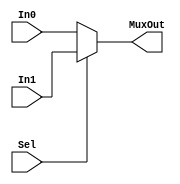
`timescale 1ns / 1ps
// Address Mux
module AdrMux(
    input Sel,
    input [31:0] In0,
    input [31:0] In1,
    output [31:0] MuxOut
    );
    assign MuxOut = Sel ? In1 : In0;
endmodule